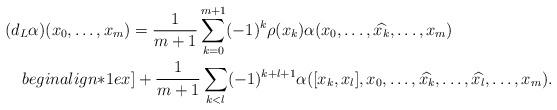
LaTeX: \begin{align*}\MoveEqLeft[8] (d_L \alpha)(x_0 , \dotsc, x_m) = \frac{1}{m+1} \sum_{k=0}^{m+1} (-1)^k \rho (x_k) \alpha (x_0, \dotsc, \widehat{x_k} , \dotsc , x_m )\\begin{align*}1ex]& + \frac{1}{m+1} \sum_{k < l} (-1)^{k+l+1} \alpha ([x_k , x_l], x_0 , \dotsc , \widehat{x_k} , \dotsc , \widehat{x_l} , \dotsc , x_m ).\end{align*}